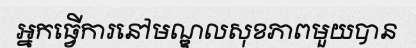
អ្នកធ្វើការនៅមណ្ឌលសុខភាពមួយបាន